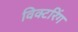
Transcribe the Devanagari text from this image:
विक्टरिंग